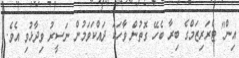
އިން" ޓެރަރިޒަމްގެ ބިރާ ބެހޭ ގޮތުން ވާހަކަ ދައްކަވަމުން ނަސީރު ވިދާޅުވި އެވެ.